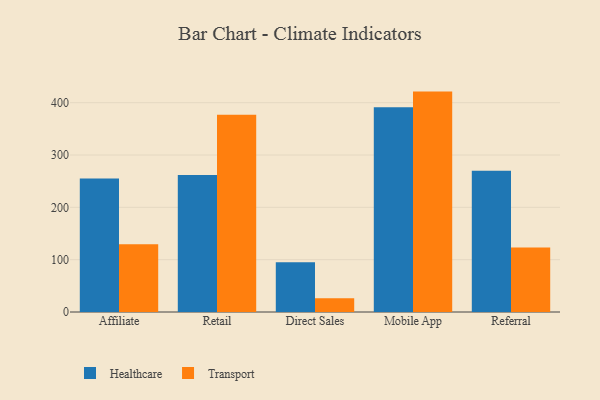
{"axis": {"x": "Channel", "y": "Energy Usage (MWh)"}, "legend": ["Healthcare", "Transport"], "data": [{"x": "Affiliate", "y": 255.0, "type": "Healthcare"}, {"x": "Affiliate", "y": 129.6, "type": "Transport"}, {"x": "Retail", "y": 261.7, "type": "Healthcare"}, {"x": "Retail", "y": 376.9, "type": "Transport"}, {"x": "Direct Sales", "y": 95.1, "type": "Healthcare"}, {"x": "Direct Sales", "y": 26.5, "type": "Transport"}, {"x": "Mobile App", "y": 391.5, "type": "Healthcare"}, {"x": "Mobile App", "y": 421.2, "type": "Transport"}, {"x": "Referral", "y": 270.0, "type": "Healthcare"}, {"x": "Referral", "y": 123.4, "type": "Transport"}]}